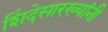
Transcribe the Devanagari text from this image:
शिंदेसारख्यांनी